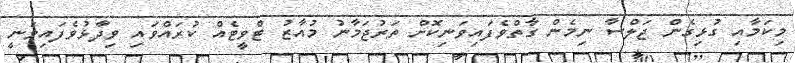
މިކަމާއި ގުޅިގެން ޖަލްސާ ނިމެން ގާތްވެފައިވަނިކޮށް ތަރުޖަމާނު މުއާޒު ޓްވީޓެއް ކުރައްވައި ވިދާޅުވެފައިވަނީ